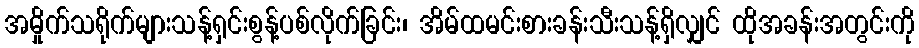
အမှိုက်သရိုက်များသန့်ရှင်းစွန့်ပစ်လိုက်ခြင်း၊ အိမ်ထမင်းစားခန်းသီးသန့်ရှိလျှင် ထိုအခန်းအတွင်းကို